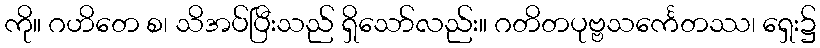
ကို။ ဂဟိတေ စ၊ သိအပ်ပြီးသည် ရှိသော်လည်း။ ဂတိတပုဗ္ဗသင်္ကေတဿ၊ ရှေး၌